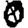
Digit: 0